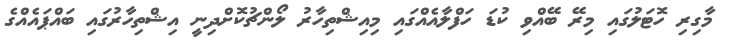
މާގިރި ހޮޓަލުގައި މިރޭ ބޭއްވި ކުޑަ ހަފްލާއެއްގައި މިއިޝްތިހާރު ލޯންޗުކޮށްދިނީ އިޝްތިހާރުގައި ބައްޕައެއްގެ